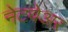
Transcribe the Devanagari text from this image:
नेटवेअर